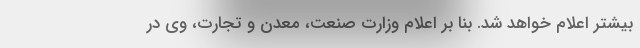
بیشتر اعلام خواهد شد. بنا بر اعلام وزارت صنعت، معدن و تجارت، وی در